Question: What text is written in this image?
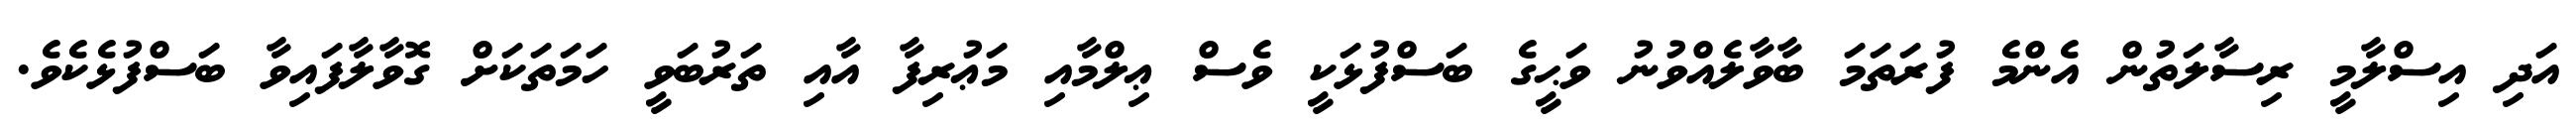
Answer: އަދި އިސްލާމީ ރިސާލަތުން އެންމެ ފުރަތަމަ ބާވާލެއްވުނު ވަޙީގެ ބަސްފުޅަކީ ވެސް ޢިލްމާއި މަޢުރިފާ އާއި ތަރުބަވީ ހަމަތަކަށް ގޮވާލާފައިވާ ބަސްފުޅެކެވެ.